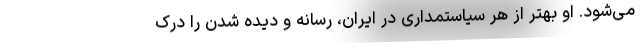
می‌شود. او بهتر از هر سیاستمداری در ایران، رسانه و دیده شدن را درک